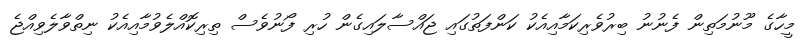
މީހާގެ މޫނުމަތިން ފެނުނު ބިރުވެރިކަމާއިއެކު ކަންފަތުގައި ޖައްސާލައިގެން ހުރި ފޯނުވެސް ތިރިކޮއްލެވުމާއިއެކު ނިތްވާލެވިއްޖެ